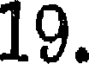
19.